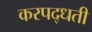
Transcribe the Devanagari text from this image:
करपद्धती